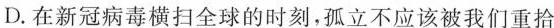
D.在新冠病毒横扫全球的时刻，孤立不应该被我们重拾